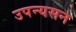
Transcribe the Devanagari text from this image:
उपन्यसन